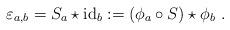
LaTeX: \begin{align*}\varepsilon_{a,b} = S_a \star \mathrm{id}_b := (\phi_a \circ S) \star \phi_b~.\end{align*}